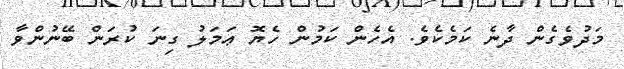
މަދުވެގެން ދާނެ ކަމެކެވެ. އެހެން ކަމުން ހެޔޮ ޢަމަލު ގިނަ ކުރަން ބޭނުންވާ